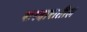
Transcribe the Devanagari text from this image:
सरदारातील